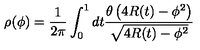
\rho ( \phi ) = \frac { 1 } { 2 \pi } \int _ { 0 } ^ { 1 } d t \frac { \theta \left( 4 R ( t ) - \phi ^ { 2 } \right) } { \sqrt { 4 R ( t ) - \phi ^ { 2 } } }